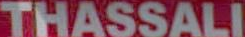
THASSALI